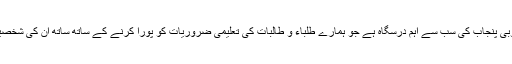
بہائو الدین زکریا یونیورسٹی جنوبی پنجاب کی سب سے اہم درسگاہ ہے جو ہمارے طلباء و طالبات کی تعلیمی ضروریات کو پورا کرنے کے ساتھ ساتھ ان کی شخصیات کی آبیاری بھی کررہی ہے۔